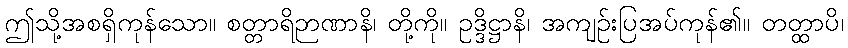
ဤသို့အစရှိကုန်သော။ စတ္တာရိဉာဏာနိ၊ တို့ကို။ ဥဒ္ဒိဋ္ဌာနိ၊ အကျဉ်းပြအပ်ကုန်၏။ တတ္ထာပိ၊